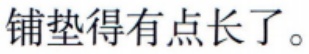
铺垫得有点长了。